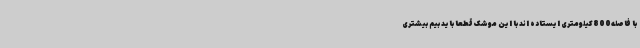
با فاصله800کیلومتری ایستاده اند با این موشک قطعاً باید بیم بیشتری